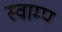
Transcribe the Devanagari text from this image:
स्वाम्प